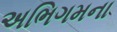
અભિગમના